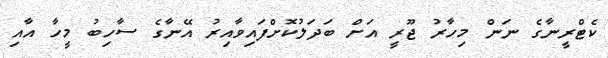
ކެޓްރީނާގެ ނަން މިހާރު ޖޫރީ އަށް ބަދަލުކޮށްފައިވާއިރު އޭނާގެ ސާހިބު މީހާ އާއި